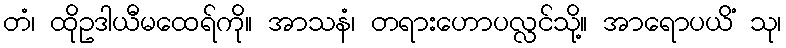
တံ၊ ထိုဥဒါယီမထေရ်ကို။ အာသနံ၊ တရားဟောပလ္လင်သို့။ အာရောပယိံ သု၊